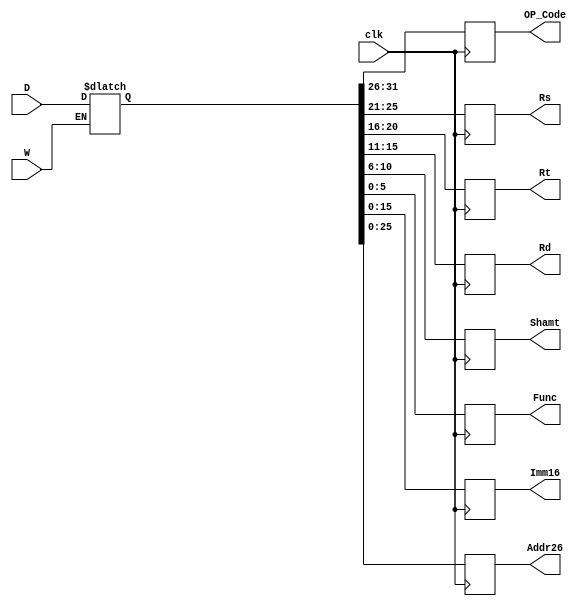
`timescale 1ns/1ps
module IR (
    input clk,
    input W,
    input [31:0] D,
    output reg [5:0] OP_Code,
    output reg [4:0] Rs,
    output reg [4:0] Rt,
    output reg [4:0] Rd,
    output reg [4:0] Shamt,
    output reg [5:0] Func,
    output reg [15:0] Imm16,
    output reg [25:0] Addr26
);
    reg [31:0] Inst;
    always @(*) begin
        if (W == 1)
            Inst <= D;
    end
    always @(posedge clk ) begin
        OP_Code <= Inst[31:26];
        Rs <= Inst[25:21];
        Rt <= Inst[20:16];
        Rd <= Inst[15:11];
        Shamt <= Inst[10:6];
        Func <= Inst[5:0];
        Imm16 <= Inst[15:0];
        Addr26 <= Inst[25:0];
    end
endmodule